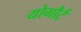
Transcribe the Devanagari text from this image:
योगौर्ट